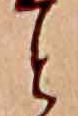
と